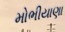
મોભીયાણા